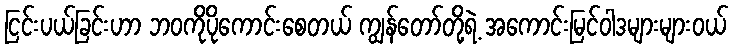
ငြင်းပယ်ခြင်းဟာ ဘဝကိုပိုကောင်းစေတယ် ကျွန်တော်တို့ရဲ့ အကောင်းမြင်ဝါဒများများဝယ်